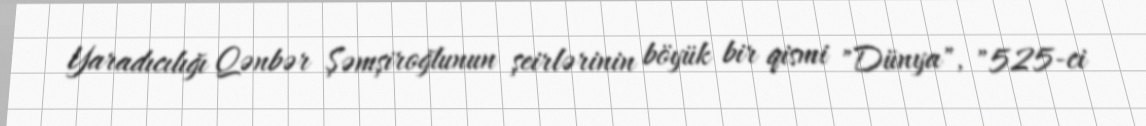
Yaradıcılığı Qənbər Şəmşiroğlunun şeirlərinin böyük bir qismi "Dünya", "525-ci